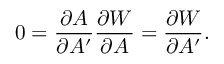
0 = { \frac { \partial A } { \partial A ^ { \prime } } } { \frac { \partial { \cal W } } { \partial A } } = { \frac { \partial { \cal W } } { \partial A ^ { \prime } } } .